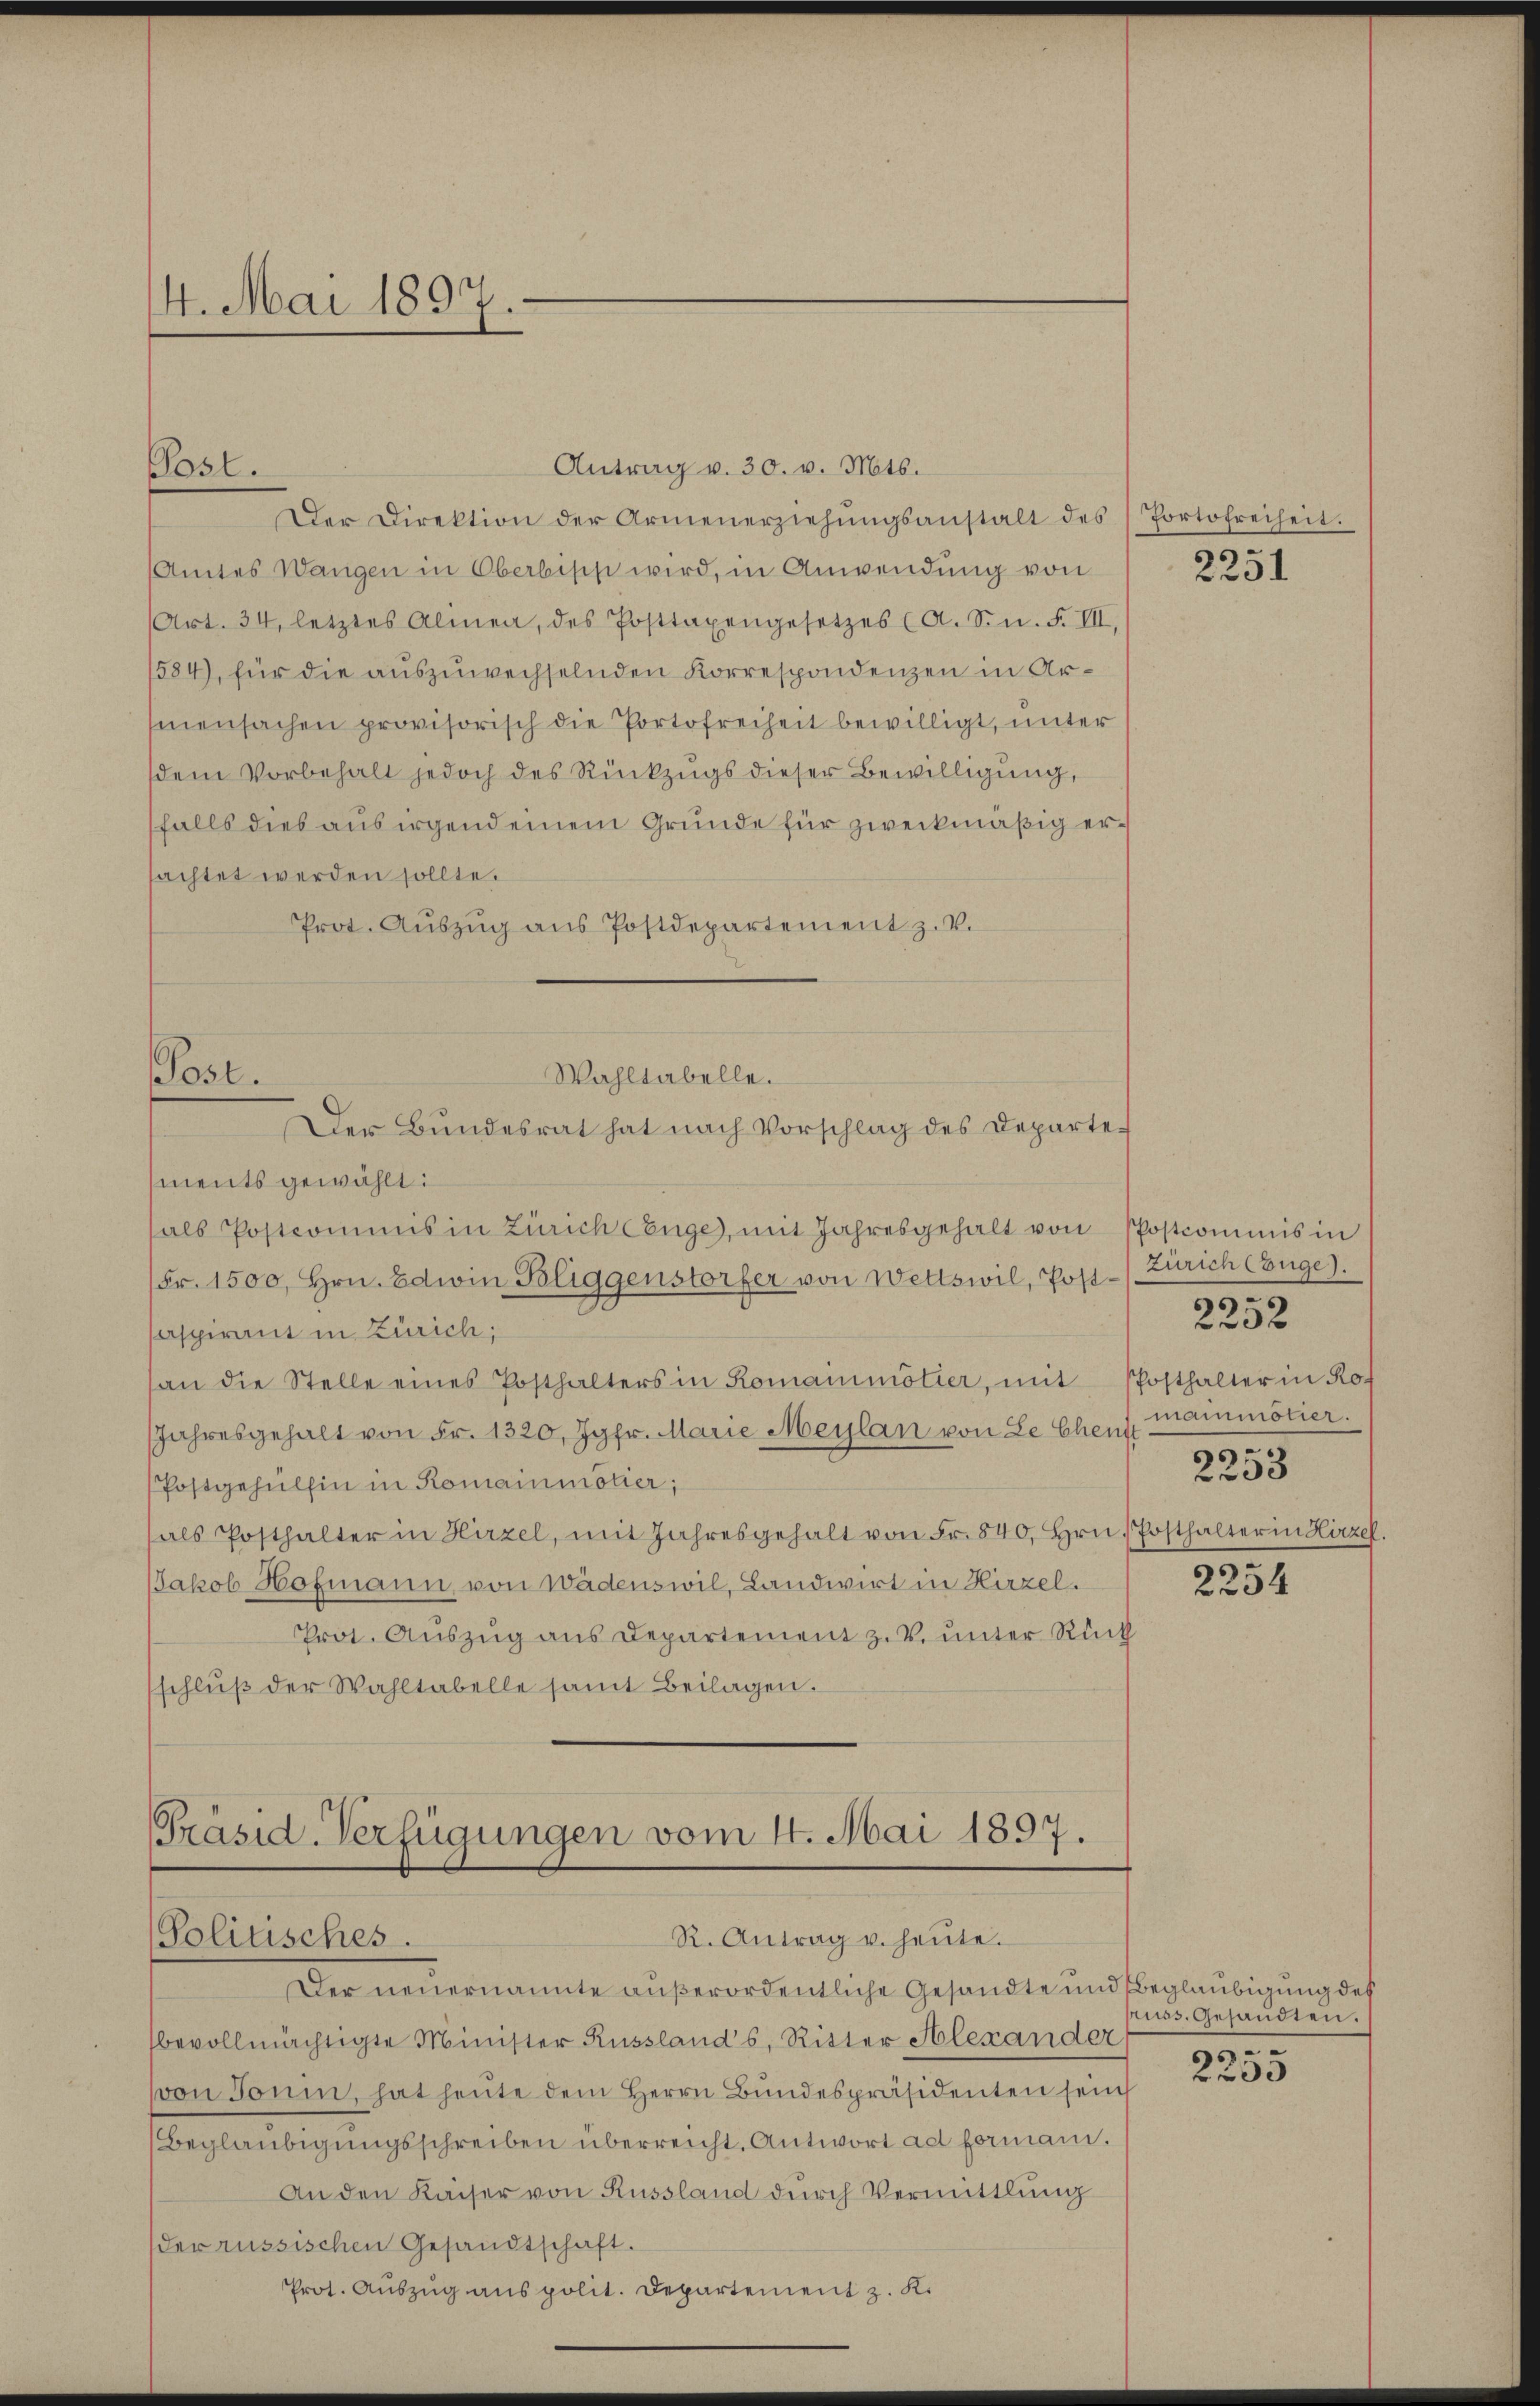
14. Mai 1897.

Post.

Antrag v. 30. v. Mts.
Der Direktion der Armenerziehŭngsanstalt des Portofreiheit.
Amtes Wangen in Oberbiss wird, in Anwendung von
(Art. 34, letztes Alinen, des Posttaxengesetzes (A. S. n. F. VII,
1584), für die auszuwechselnden Korrespondenzen in Armensachen provisorisch die Portofreiheit bewilligt, unter
dem Vorbehalt jedoch des Rückzugs dieser Bewilligung,
falls dies aus irgend einem Grunde für zweckmäßig ersachtet werden sollte.
Prot. Auszug aus Postdepartement z. v.

Wahltabelle.
Post.
Der Bundesrat hat nach Vorschlag des Departe¬

ments gewählt:
halb Postcommis in Zürich Enge, mit Jahresgehalt von Postcommis in
(Fr. 1500, Hrn. Edwin Bliggenstorfer von Wettswil, Post-/ Zürich zuge).
caspirant in Zürich;
an die Stelle eines Posthalters in Komainmötier, mit Posthalter in Rof
JJahresgehalt von Fr. 1320, Jgfr. Marie Meylan von Le Chenst
Postgehülfen in Romainmötier;
als Posthalter in Hirzel, mit Jahresgehalt von Fr. 840, Hrn. Posthalter in Hirzel.
Jakob Hofmann, von Wädenswil, Landwirt in Hirzel.
Prot. Auszug aus Departement z. V. unter Rück
schlŭβ der Wahltabelle samt Beilagen.

Präsid-Verfügungen vom 4. Mai 1897.
Politisches.
R. Antrag u. heute.

ge

Der neuernannte außerordentliche Gesandte und Beglaubigung des
bevollmächtigte Minister Russlands, Ritter Alexander
von Tonin, hat heute dem Herrn Bundespräsidenten sein
Beglaubigungsschreiben überreicht. Antwort ad formani.
An den Kaiser von Russland durch Vermittlung
der russischen Gesandtschaft.
Prot. Auszug aus polit. Departement z. K.

2251

2232
mainmötier.
s
2253

9

2254

russ, Gesandten.
90

f 35